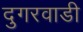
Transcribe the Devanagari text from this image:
दुगरवाडी